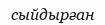
сыйдырған